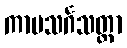
ကာမသင်္ဂသတ္တာ